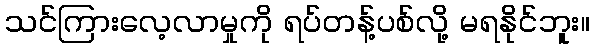
သင်ကြားလေ့လာမှုကို ရပ်တန့်ပစ်လို့ မရနိုင်ဘူး။